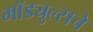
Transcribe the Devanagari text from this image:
मॉड्युल्सचे